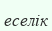
еселік